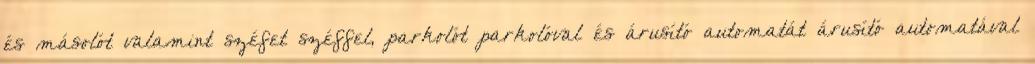
és másolót valamint széfet│széffel, parkolót│parkolóval és árusító automatát│árusító automatával